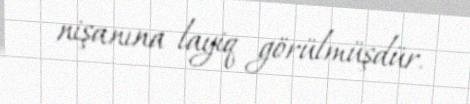
nişanına layiq görülmüşdür.